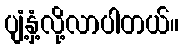
ပျံ့နှံ့လို့လာပါတယ်။